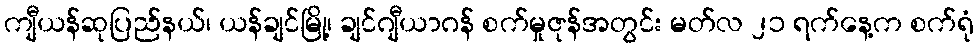
ကျီယန်ဆုပြည်နယ်၊ ယန်ချင်မြို့၊ ချင်ဂျီယာဂန် စက်မှုဇုန်အတွင်း မတ်လ ၂၁ ရက်နေ့က စက်ရုံ